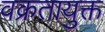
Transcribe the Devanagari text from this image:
वक्रतायुक्त